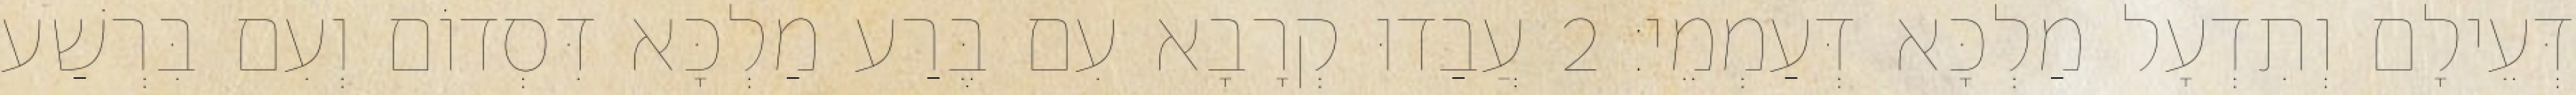
דְּעֵילָם וְתִדְעָל מַלְכָּא דְּעַמְמֵי׃ 2 עֲבַדוּ קְרָבָא עִם בֶּרַע מַלְכָּא דִּסְדוֹם וְעִם בִּרְשַׁע